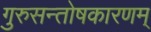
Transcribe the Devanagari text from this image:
गुरुसन्तोषकारणम्